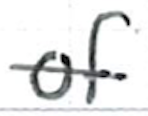
Text: of
Cross-out: single-line
Writing tool: ballpoint